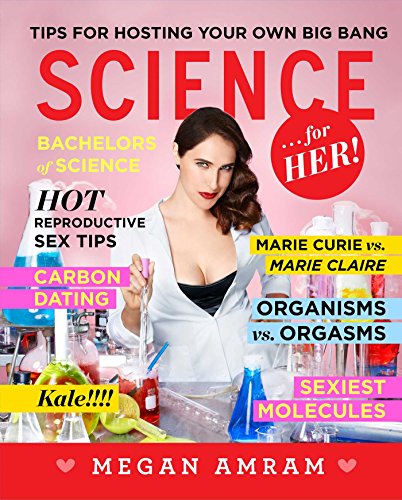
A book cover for Science...For Her!; Megan Amram; Humor & Entertainment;